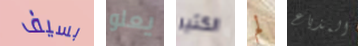
بسيف يعلو الكثير لم المذياع